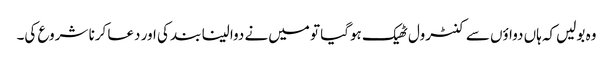
وہ بولیں‌کہ ہاں دواؤں سے کنٹرول ٹھیک ہوگیا تو میں‌نے دوا لینا بند کی اور دعا کرنا شروع کی۔